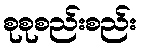
စုစုစည်းစည်း